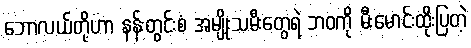
ဘောလယ်တို့ဟာ နန်းတွင်းစံ အမျိုးသမီးတွေရဲ့ ဘဝကို မီးမောင်းထိုးပြတဲ့